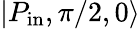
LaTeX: |P_{\mathrm{in}},\pi/2,0\rangle